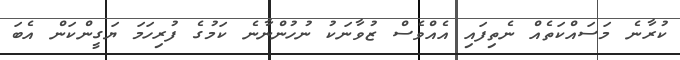
ކުރާނެ މަސައްކަތެއް ނެތިފައި އެއްވެސް ޒުވާނަކު ނުހުންނާނެ ކަމުގެ ފުރިހަމަ ޔަގީންކަން އެބަ